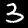
Digit: 3